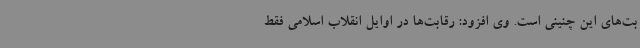
بت‌های این چنینی است. وی افزود: رقابت‌ها در اوایل انقلاب اسلامی فقط